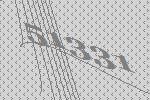
51331